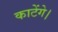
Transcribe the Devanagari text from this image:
काटेंगे।